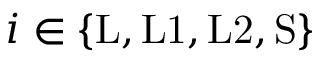
i \in \{ \mathrm { L } , \mathrm { L 1 } , \mathrm { L 2 } , \mathrm { S } \}